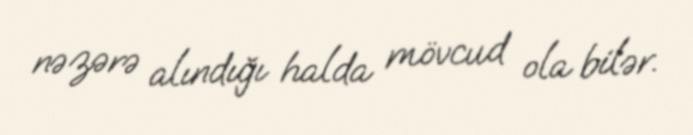
nəzərə alındığı halda mövcud ola bilər.